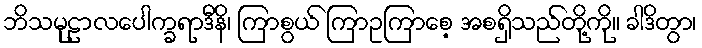
ဘိသမုဠာလပေါက္ခရာဒီနိ၊ ကြာစွယ် ကြာဥကြာစေ့ အစရှိသည်တို့ကို။ ခါဒိတွာ၊